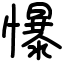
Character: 懪